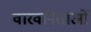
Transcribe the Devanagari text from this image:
वारवनिताओं